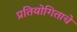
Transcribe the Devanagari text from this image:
प्रतियोगिताचे